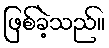
ဖြစ်ခဲ့သည်။